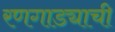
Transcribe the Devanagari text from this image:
रणगाड्याची